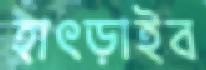
হাৎড়াইব